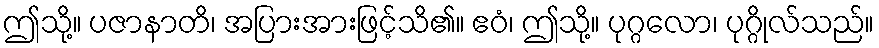
ဤသို့။ ပဇာနာတိ၊ အပြားအားဖြင့်သိ၏။ ဧဝံ၊ ဤသို့။ ပုဂ္ဂလော၊ ပုဂ္ဂိုလ်သည်။